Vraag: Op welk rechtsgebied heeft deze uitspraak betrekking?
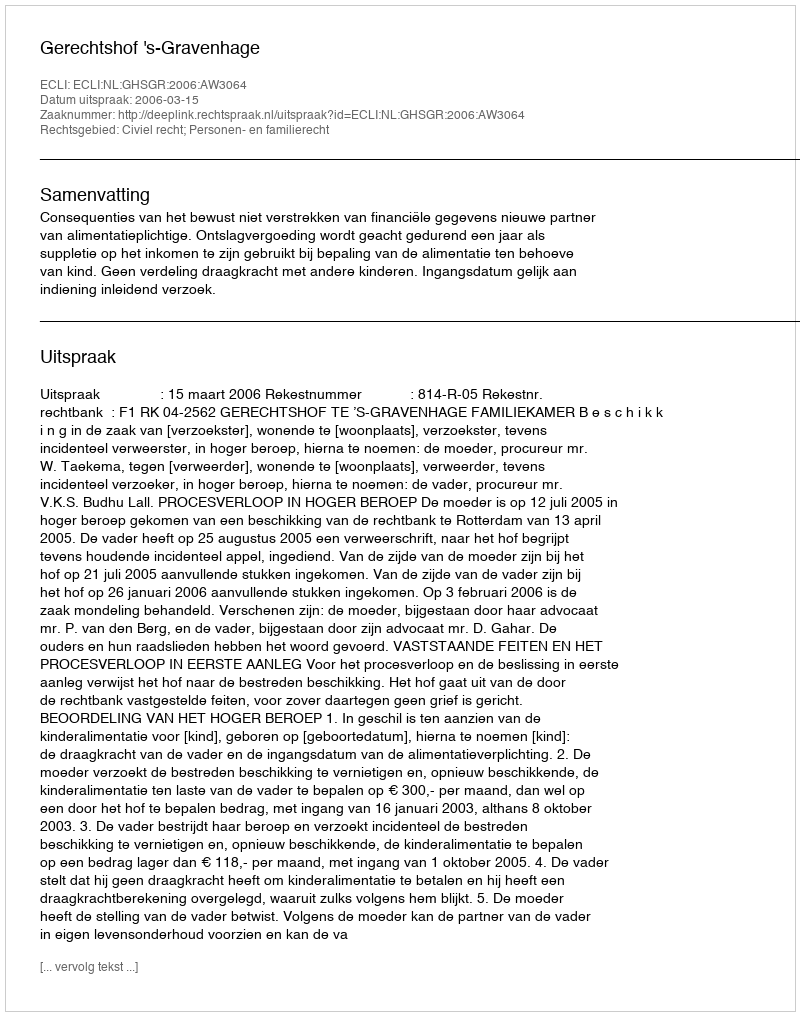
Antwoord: Civiel recht; Personen- en familierecht